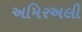
અમિરઅલી